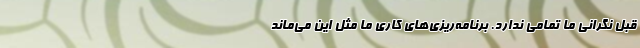
قبل نگرانی ما تمامی ندارد. برنامه‌ریزی‌های کاری ما مثل این می‌ماند